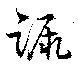
蹶